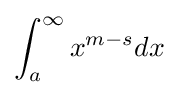
\int _{a}^{\infty }x^{m-s}dx